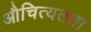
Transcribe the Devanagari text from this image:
औचित्यतता